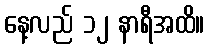
နေ့လည် ၁၂ နာရီအထိ။